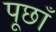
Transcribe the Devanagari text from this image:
पूछाँ